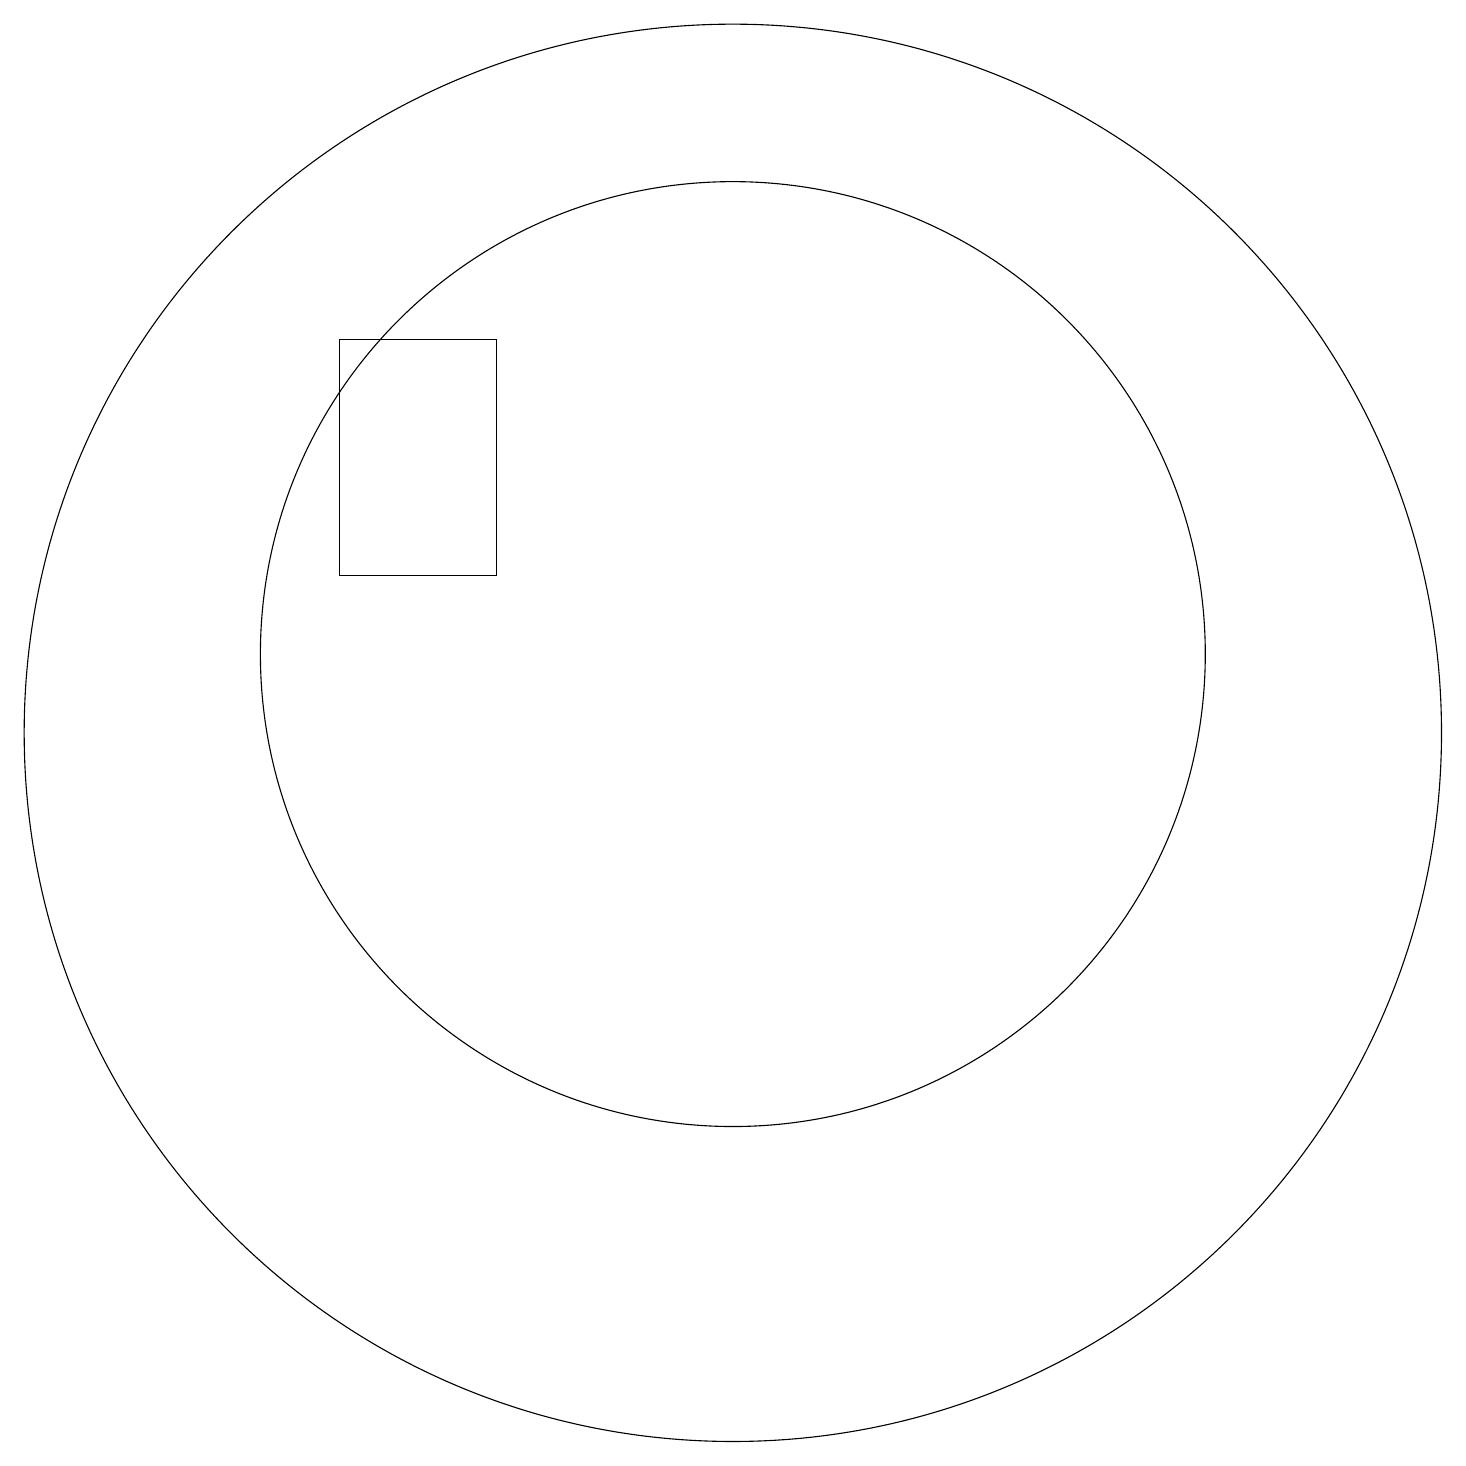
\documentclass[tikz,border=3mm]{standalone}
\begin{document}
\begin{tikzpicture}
\draw (6,15) rectangle (8,12);
\draw (11,11) circle (6);
\draw (11,10) circle (9);
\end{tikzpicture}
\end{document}